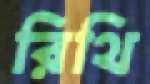
রিথি